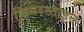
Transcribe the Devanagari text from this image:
फियरस्टाइन